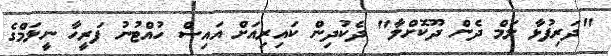
"ދަރިފުޅާ ލަމް ދެން ދޫކޮށްލާ" ދެކުދިން ކައިރިއަށް އައިސް ހުއްޓުނު ފަރީހާ ނީލަމްގެ